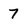
Character: 7